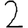
Digit: 2